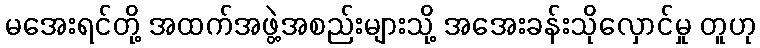
မအေးရင်တို့ အထက်အဖွဲ့အစည်းများသို့ အအေးခန်းသိုလှောင်မှု တူဟု